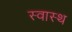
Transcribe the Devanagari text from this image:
स्‍वास्‍थ